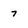
Character: 7